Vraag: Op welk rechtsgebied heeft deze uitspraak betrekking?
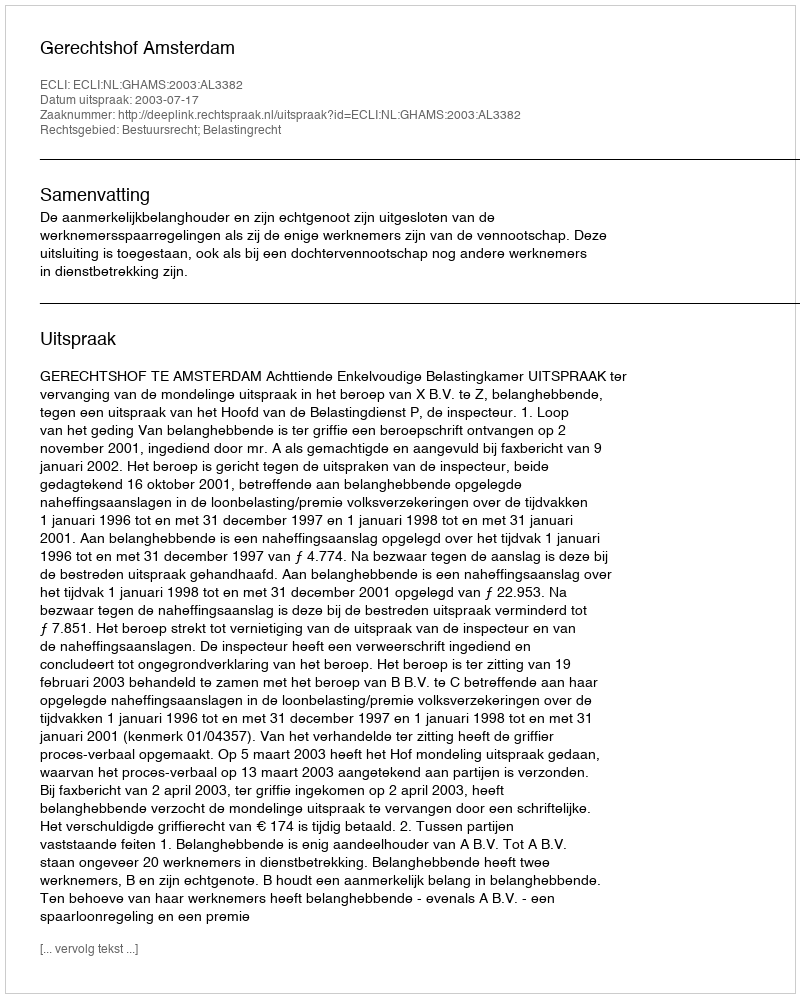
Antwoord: Bestuursrecht; Belastingrecht